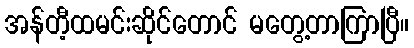
အန်တီ့ထမင်းဆိုင်တောင် မတွေ့တာကြာပြီ။